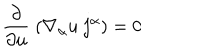
\frac { \partial } { \partial u } \; ( \nabla _ { \alpha } u \; { \bf j ^ { \alpha } } ) = 0